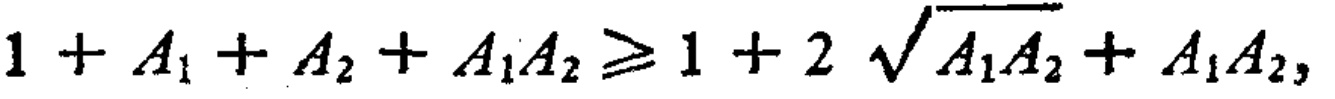
\[

1 + A_1 + A_2 + A_1A_2 \geq 1 + 2 \sqrt{A_1A_2} + A_1A_2,

\]